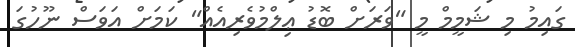
ގައިމު މި ޝަމީމް މީ "ވަރަށް ބޮޑު ޢިލްމުވެރިއެއް" ކަަމަށް އަވަސް ނޫހުގަ